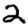
Digit: 2